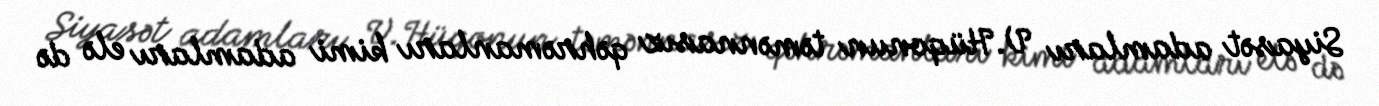
Siyasət adamları V.Hüqonun təmənnasız qəhrəmanları kimi adamları elə də